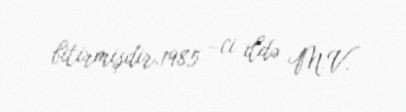
bitirmişdir.1985 –ci ildə M.V.